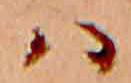
ハ